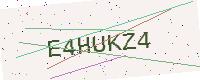
Text: E4HUKZ4